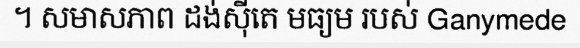
។ សមាសភាព ដង់ស៊ីតេ មធ្យម របស់ Ganymede